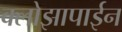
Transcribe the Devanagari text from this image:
क्लोझापाईन